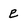
Character: e